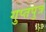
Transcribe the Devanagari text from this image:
गुप्तपुत्र